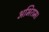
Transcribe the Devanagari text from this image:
अभिराम।